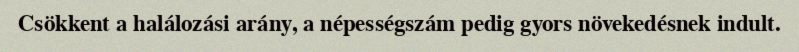
Csökkent a halálozási arány, a népességszám pedig gyors növekedésnek indult.